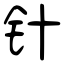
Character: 针